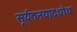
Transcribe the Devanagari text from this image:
सूर्यतनयादधोधः